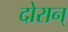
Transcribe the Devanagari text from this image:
दोरान्